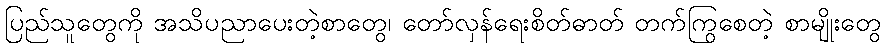
ပြည်သူတွေကို အသိပညာပေးတဲ့စာတွေ၊ တော်လှန်ရေးစိတ်ဓာတ် တက်ကြွစေတဲ့ စာမျိုးတွေ